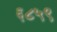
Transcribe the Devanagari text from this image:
६८५९